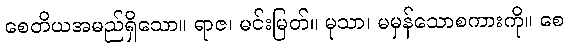
စေတိယအမည်ရှိသော။ ရာဇ၊ မင်းမြတ်။ မုသာ၊ မမှန်သောစကားကို။ စေ